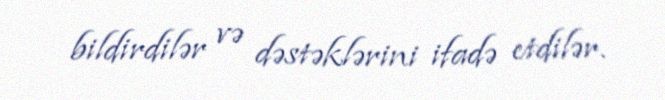
bildirdilər və dəstəklərini ifadə etdilər.